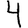
Digit: 4